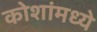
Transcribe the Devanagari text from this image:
कोशांमध्ये